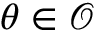
\theta \in { \mathcal { O } }